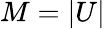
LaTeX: M=|U|